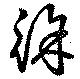
徐